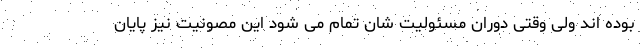
بوده اند ولی وقتی دوران مسئولیت شان تمام می شود این مصونیت نیز پایان